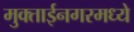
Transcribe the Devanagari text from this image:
मुक्ताईनगरमध्ये